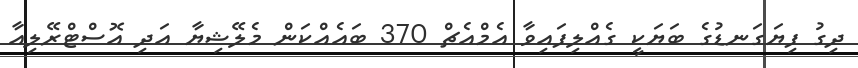
ދިގު ފިޔަގަނޑުގެ ބަޔަކީ ގެއްލިފައިވާ އެމްއެޗް 370 ބައެއްކަން މެލޭޝިޔާ އަދި އޮސްޓްރޭލިއާ